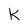
Character: k